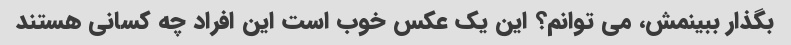
بگذار ببینمش، می توانم؟ این یک عکس خوب است این افراد چه کسانی هستند